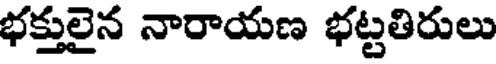
భక్తులైన నారాయణ భట్టతిరులు